65_HS1-834228961_62-HQ-83894_Section_10
Agency: FBI
Page 98
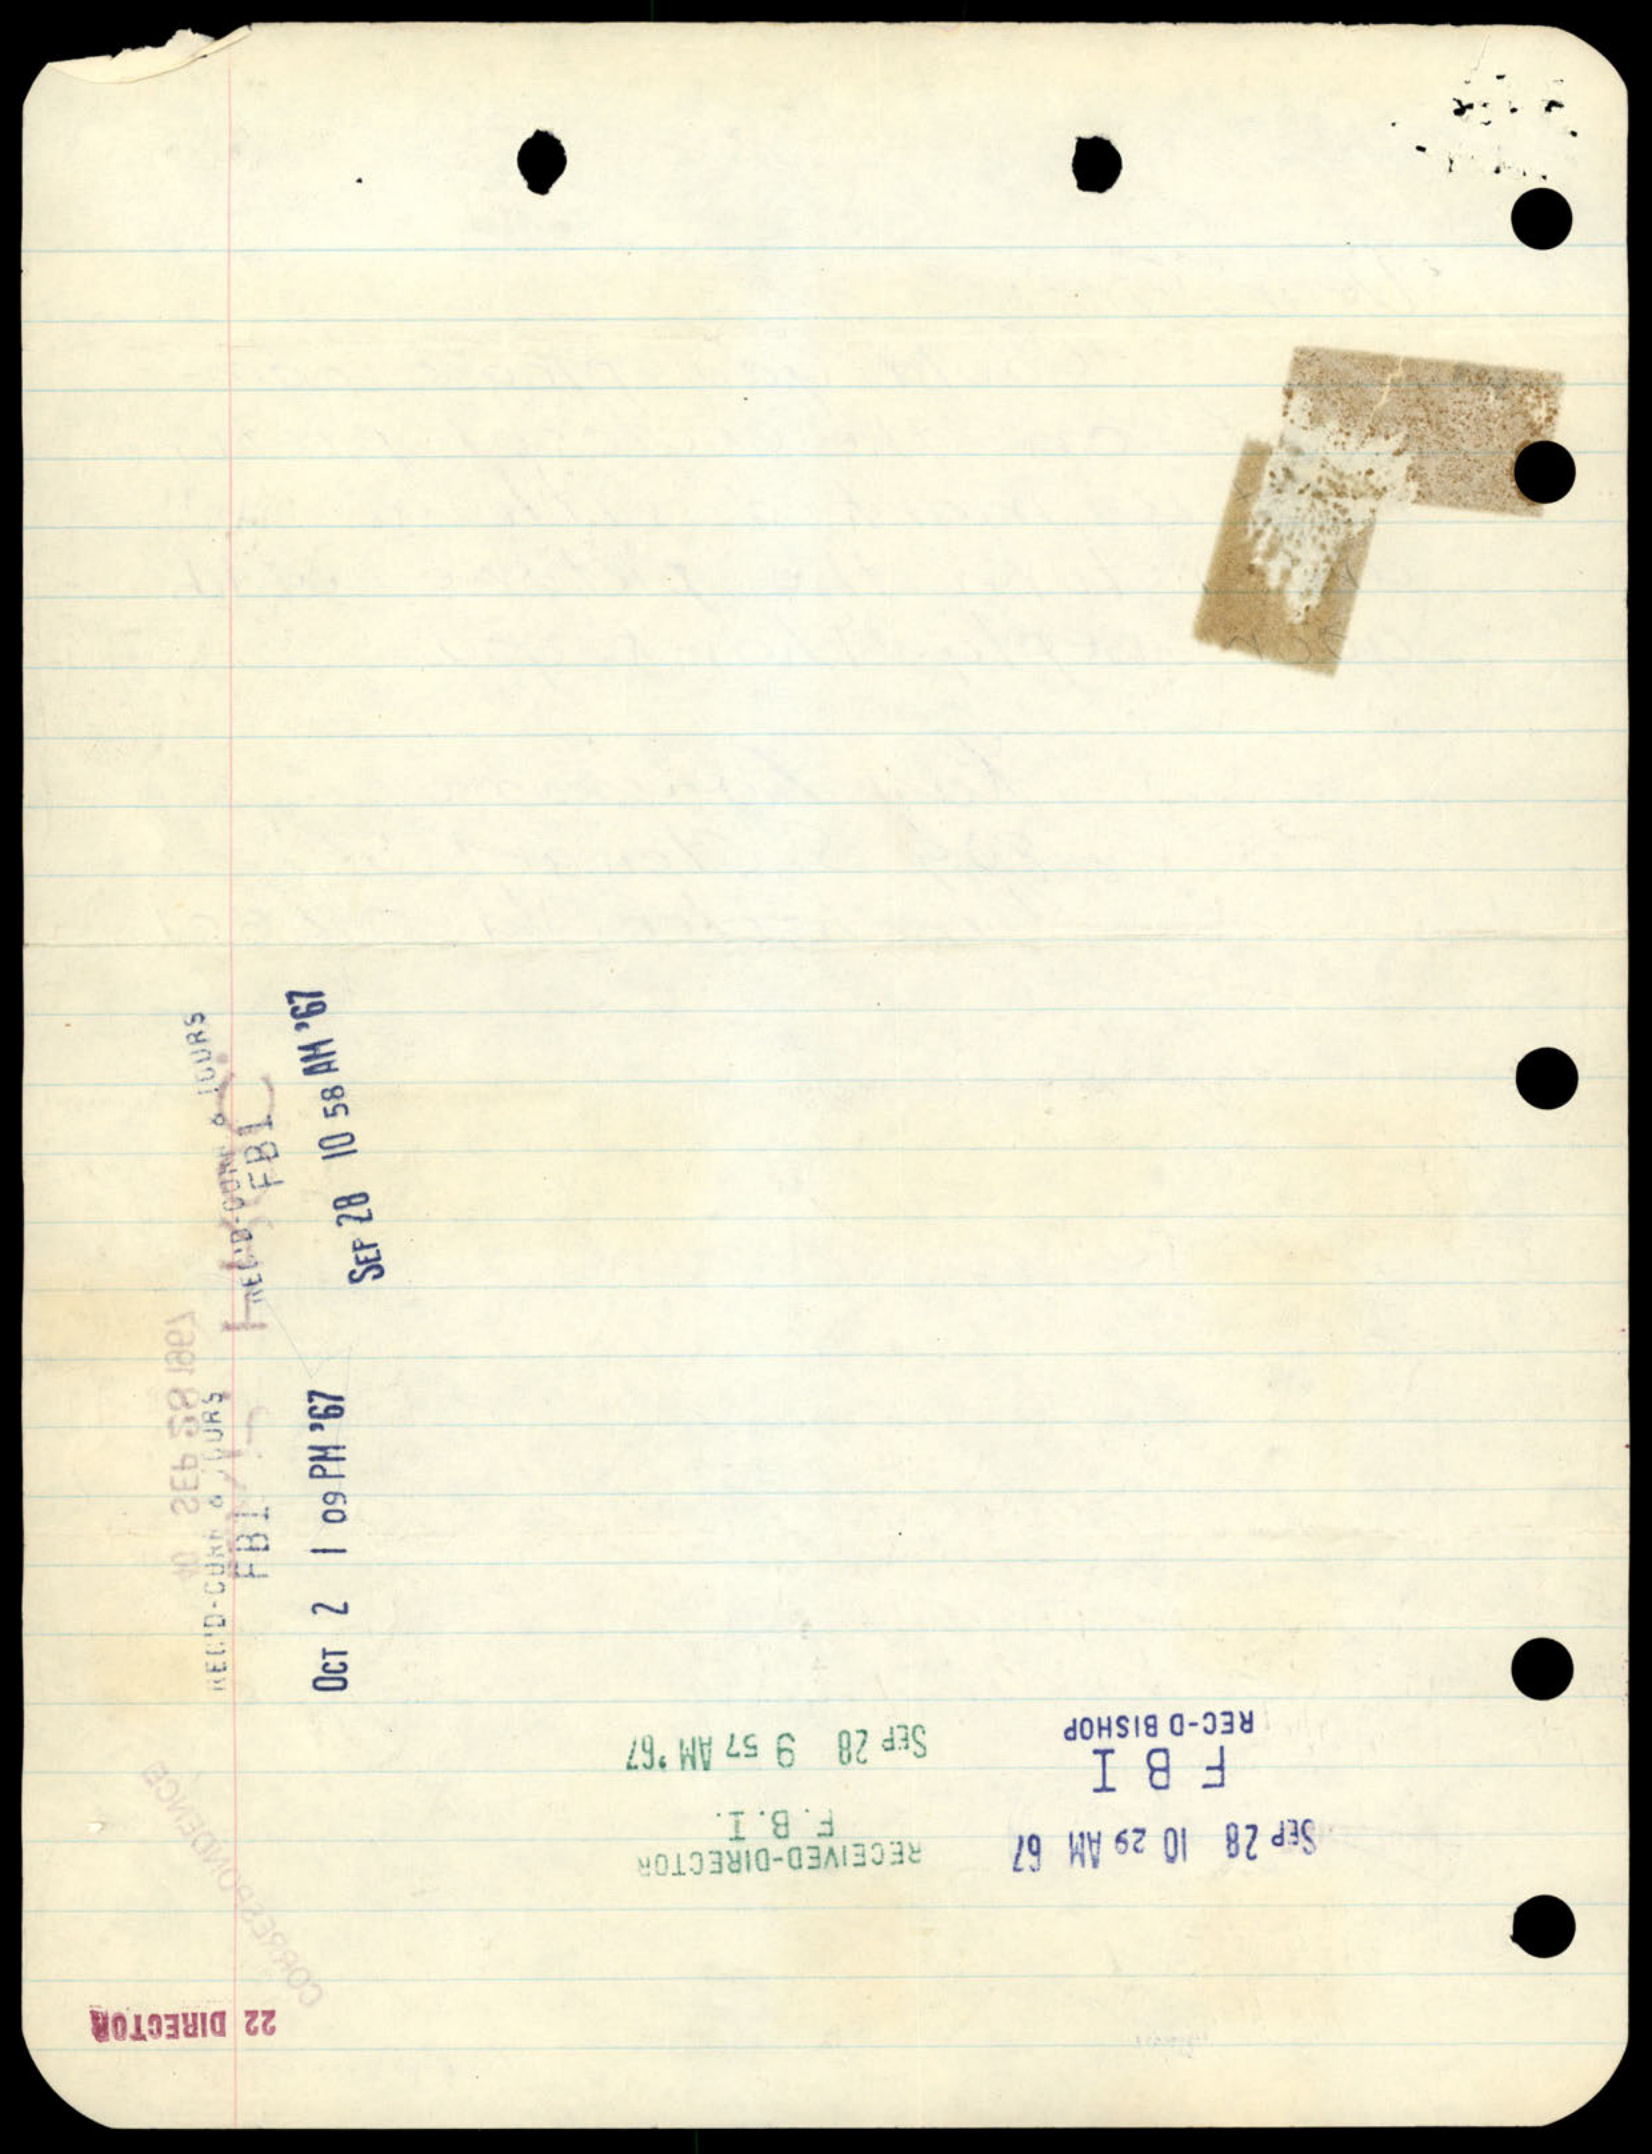